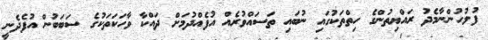
ފުލުހުންނާމެދު ރައްޔިތުންގެ ހިތްތަކުގައި ނުބައި ތަސައްވުރެއް އުފެއްދުމަށް ދައްކާ ވާހަކަތަކުގެ ސަބަބުން އުފެދެނީ